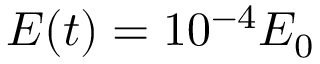
E ( t ) = 1 0 ^ { - 4 } E _ { 0 }